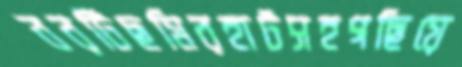
বরটিছমিরহাটসহগছিয়ে